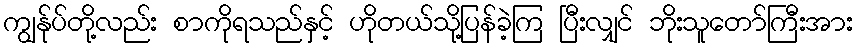
ကျွန်ုပ်တို့လည်း စာကိုရသည်နှင့် ဟိုတယ်သို့ပြန်ခဲ့ကြ ပြီးလျှင် ဘိုးသူတော်ကြီးအား